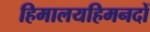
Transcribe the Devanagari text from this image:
हिमालयहिमनदों